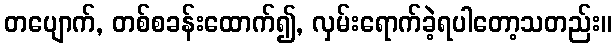
တပျောက်, တစ်စခန်းထောက်၍, လှမ်းရောက်ခဲ့ရပါတော့သတည်း။